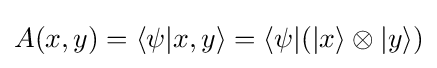
A(x,y)=\langle \psi |x,y\rangle =\langle \psi |(|x\rangle \otimes |y\rangle )